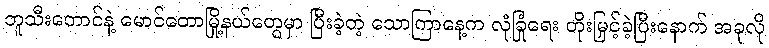
ဘူသီးတောင်နဲ့ မောင်တောမြို့နယ်တွေမှာ ပြီးခဲ့တဲ့ သောကြာနေ့က လုံခြုံရေး တိုးမြှင့်ခဲ့ပြီးနောက် အခုလို